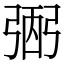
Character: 弻